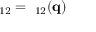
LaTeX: \mathbf { \tau } _ { 1 2 } = \mathbf { \tau } _ { 1 2 } ( \mathbf { q } )